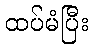
ထပ်မံပြီး